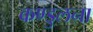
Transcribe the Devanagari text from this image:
कण्डुलना